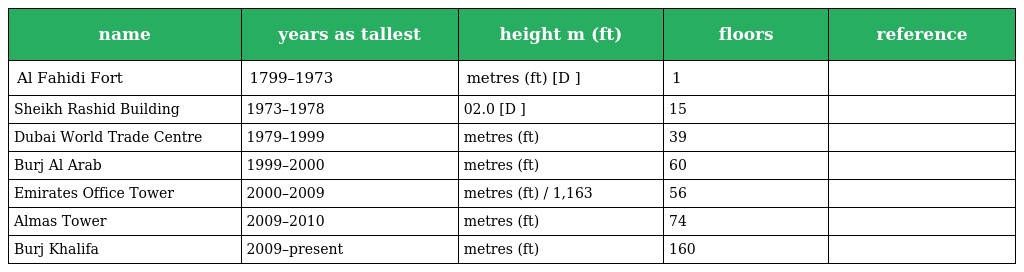
| name | years as tallest | height m (ft) | floors | reference |
 | --- | --- | --- | --- | --- |
 | Al Fahidi Fort | 1799–1973 | metres (ft) [D ] | 1 |  |
 | Sheikh Rashid Building | 1973–1978 | 02.0 [D ] | 15 |  |
 | Dubai World Trade Centre | 1979–1999 | metres (ft) | 39 |  |
 | Burj Al Arab | 1999–2000 | metres (ft) | 60 |  |
 | Emirates Office Tower | 2000–2009 | metres (ft) / 1,163 | 56 |  |
 | Almas Tower | 2009–2010 | metres (ft) | 74 |  |
 | Burj Khalifa | 2009–present | metres (ft) | 160 |  |